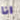
انا